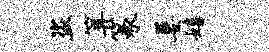
盗算篆萋嬉